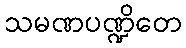
သမဏပဏ္ဍိတေ